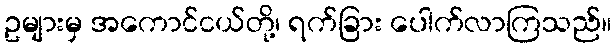
ဥများမှ အကောင်ငယ်တို့၊ ရက်ခြား ပေါက်လာကြသည်။